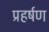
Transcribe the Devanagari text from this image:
प्रहर्षण